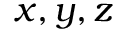
x , y , z